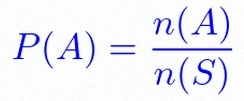
P(A)=\frac{n(A)}{n(S)}